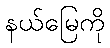
နယ်မြေကို